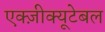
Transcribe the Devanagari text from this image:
एक्ज़ीक्यूटेबल